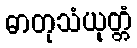
ဓာတုသံယုတ္တံ